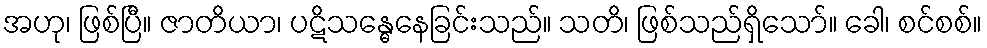
အဟု၊ ဖြစ်ပြီ။ ဇာတိယာ၊ ပဋိသန္ဓေနေခြင်းသည်။ သတိ၊ ဖြစ်သည်ရှိသော်။ ခေါ၊ စင်စစ်။